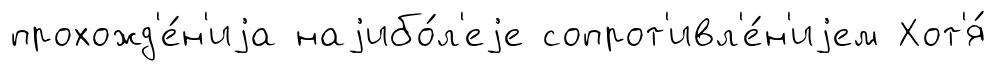
прохожд'е́н'иjа наjибо́л'еjе сопрот'ивл'е́н'иjем Хот'я́